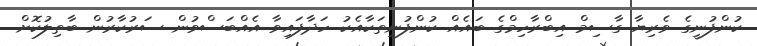
ކުންފުނީގެ ވެރިޔާ ގާސިމް އިބްރާހިމްގެ ބައެއް ކުންފުނިތަކާއެކު ހަދާފައިވާ އެއްބަސްވުން ސަރުކާރުން ބާތިލުކޮށް